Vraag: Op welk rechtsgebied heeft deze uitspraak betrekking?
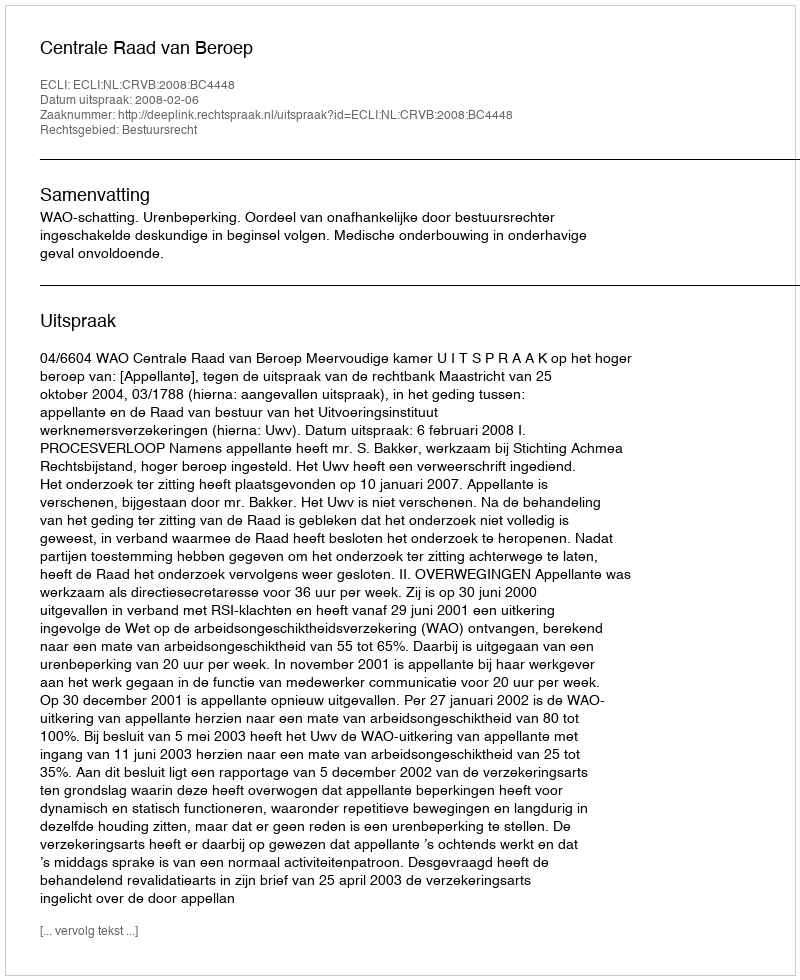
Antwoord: Bestuursrecht